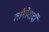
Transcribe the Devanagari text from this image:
लांगोबार्दी